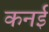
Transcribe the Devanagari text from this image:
कनई